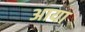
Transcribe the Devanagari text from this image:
अाया